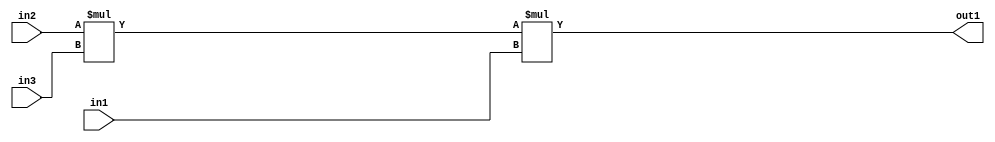
`timescale 1ps / 1ps
/*****************************************************************************
    Verilog RTL Description
    
    
    Created by: Stratus DpOpt 2019.1.01 
*******************************************************************************/

module st_weight_addr_gen_Mul3u16u16u16_4_3 (
	in3,
	in2,
	in1,
	out1
	); /* architecture "behavioural" */ 
input [15:0] in3,
	in2,
	in1;
output [31:0] out1;
wire [31:0] asc001,
	asc002;

assign asc002 = 
	+(in2 * in3);

assign asc001 = 
	+(asc002 * in1);

assign out1 = asc001;
endmodule

/* CADENCE  ubXwTg4= : u9/ySgnWtBlWxVPRXgAZ4Og= ** DO NOT EDIT THIS LINE ******/